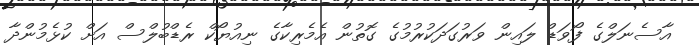
އާސެނަލްގެ ފޯވަޑް ލައިން ވަރުގަދަކުރުމުގެ ގޮތުން އެމެރިކާގެ ނިއުޔޯކް ރެޑްބުލްސް އަށް ކުޅެމުންދާ